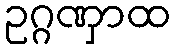
ဥဂ္ဂဏှာထ